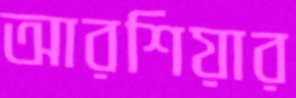
আরশিয়ার